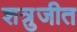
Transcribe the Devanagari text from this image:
शत्रुजीत